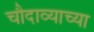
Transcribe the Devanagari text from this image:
चौदाव्याच्या